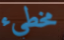
مخطيء